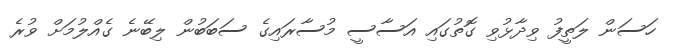
ހަސަން ލަތީފު ވިދާޅުވި ގޮތުގައި އަސާސީ މުސާރައިގެ ސަބަބުން ލިބޭނެ ގެއްލުމަށް ވުރެ